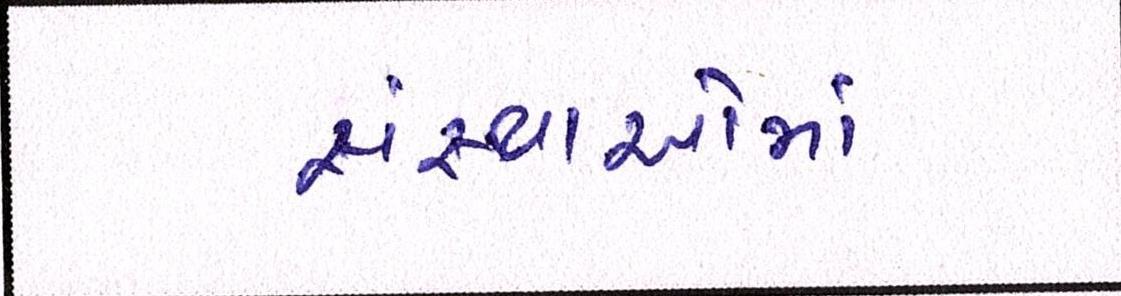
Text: સંસ્થાઓમાં